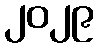
၂၀၂၉